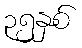
၃၅နှစ်